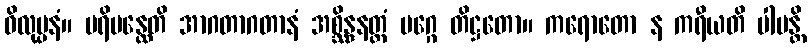
ဝိလုပ္ပနံ။ ပရိပန္ထေတိ အာဂတာဂတာနံ အစ္ဆိန္ဒနတ္ထံ မဂ္ဂေ တိဋ္ဌတော။ ကရောတော န ကရီယတိ ပါပန္တိ